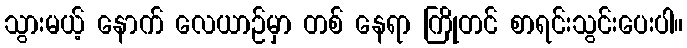
သွားမယ့် နောက် လေယာဉ်မှာ တစ် နေရာ ကြိုတင် စာရင်းသွင်းပေးပါ။